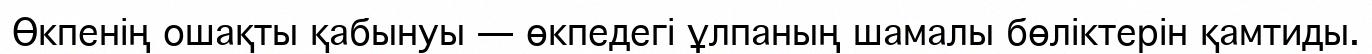
Өкпенің ошақты қабынуы — өкпедегі ұлпаның шамалы бөліктерін қамтиды.